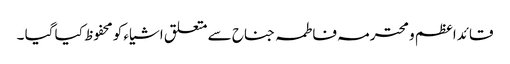
قائدا عظم و محترمہ فاطمہ جناح سے متعلق اشیاء کو محفوظ کیا گیا ۔